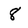
Character: 8